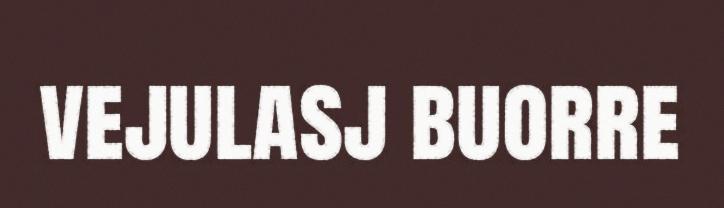
vejulasj buorre